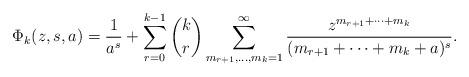
LaTeX: \begin{align*}\Phi_k(z,s,a)=\frac1{a^s}+\sum_{r=0}^{k-1}\binom{k}r\sum_{m_{r+1},\ldots,m_k=1}^\infty\frac{z^{m_{r+1}+\dots+m_k}}{(m_{r+1}+\dots+m_k+a)^{s}}.\end{align*}